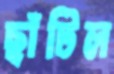
ছাঁটিল